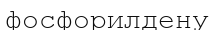
фосфорилдену